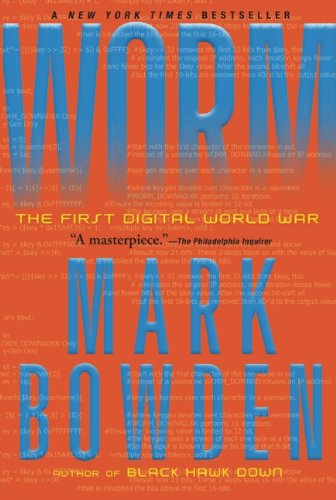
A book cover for Worm: The First Digital World War; Mark Bowden; Computers & Technology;